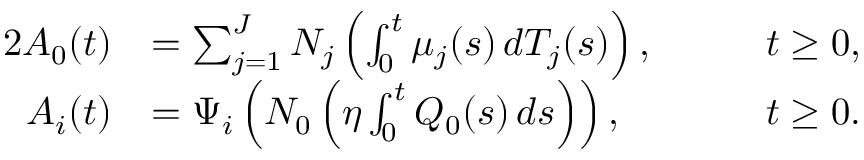
\begin{array} { r l r l } { { 2 } A _ { 0 } ( t ) } & { = \sum _ { j = 1 } ^ { J } N _ { j } \left( \int _ { 0 } ^ { t } \mu _ { j } ( s ) \, d T _ { j } ( s ) \right) , \quad } & & { t \ge 0 , } \\ { A _ { i } ( t ) } & { = \Psi _ { i } \left( N _ { 0 } \left( \eta \int _ { 0 } ^ { t } Q _ { 0 } ( s ) \, d s \right) \right) , \quad } & & { t \ge 0 . } \end{array}